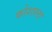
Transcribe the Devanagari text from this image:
कोशाला